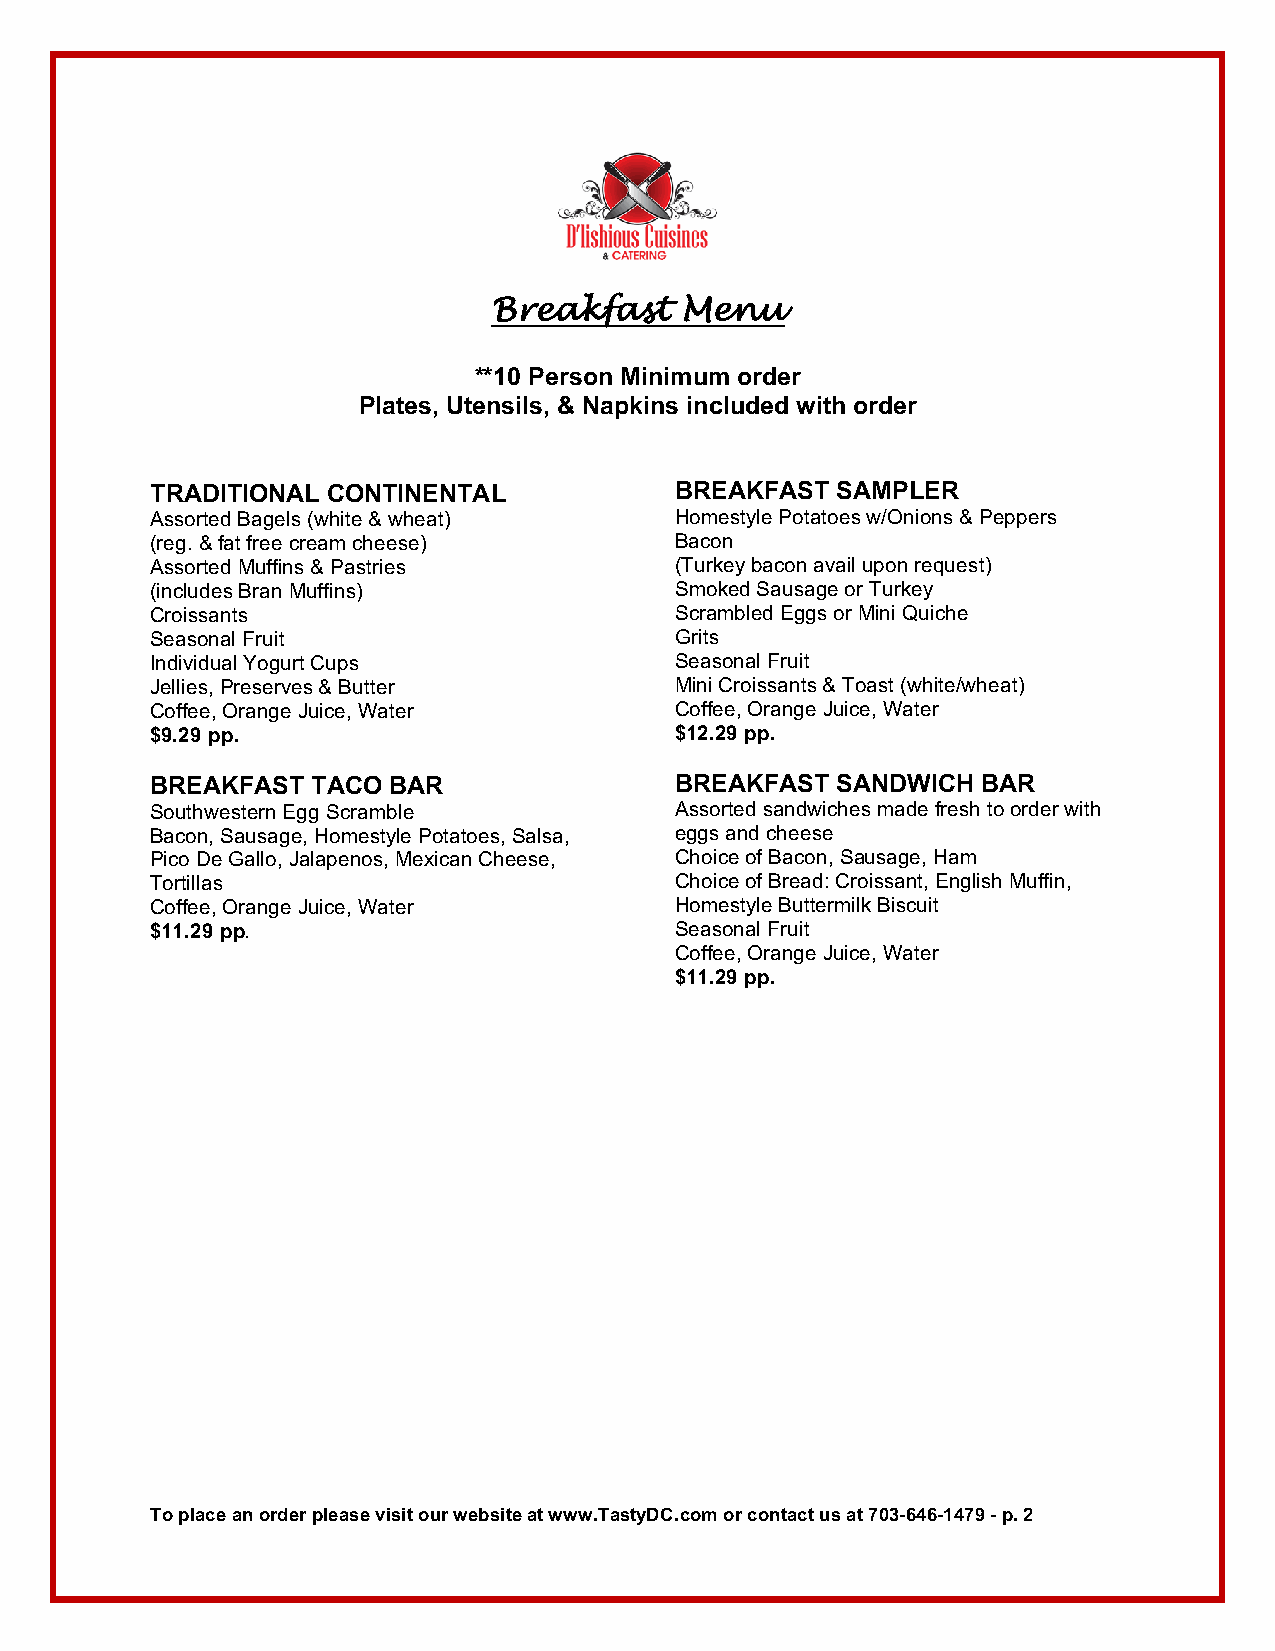
Breakfast   Menu
 **10 Person Minimum order
 Plates, Utensils, & Napkins included with order
 TRADITIONAL CONTINENTAL            BREAKFAST SAMPLER
 Assorted Bagels (white & wheat)    Homestyle Potatoes w/Onions & Peppers
 (reg. & fat free cream cheese)     Bacon
 Assorted Muffins & Pastries        (Turkey bacon avail upon request)
 (includes Bran Muffins)            Smoked Sausage or Turkey
 Croissants                         Scrambled Eggs or Mini Quiche
 Seasonal Fruit                     Grits
 Individual Yogurt Cups             Seasonal Fruit
 Jellies, Preserves & Butter        Mini Croissants & Toast (white/wheat)
 Coffee, Orange Juice, Water        Coffee, Orange Juice, Water
 $9.29 pp.                          $12.29 pp.
 BREAKFAST  TACO BAR                BREAKFAST SANDWICH  BAR
 Southwestern Egg Scramble          Assorted sandwiches made fresh to order with
 Bacon, Sausage, Homestyle Potatoes, Salsa, eggs and cheese
 Pico De Gallo, Jalapenos, Mexican Cheese, Choice of Bacon, Sausage, Ham
 Tortillas                          Choice of Bread: Croissant, English Muffin,
 Coffee, Orange Juice, Water        Homestyle Buttermilk Biscuit
 $11.29 pp.                         Seasonal Fruit
 Coffee, Orange Juice, Water
 $11.29 pp.
 To place an order please visit our website at www.TastyDC.com or contact us at 703-646-1479 - p. 2